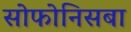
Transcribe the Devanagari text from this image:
सोफोनिसबा